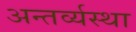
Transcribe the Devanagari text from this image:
अन्तर्व्यस्था